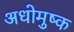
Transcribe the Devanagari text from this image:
अधोमुष्क